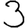
Digit: 3